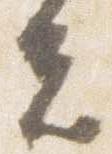
夫